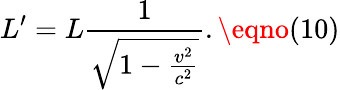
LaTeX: L^{\prime}=L\frac{1}{\sqrt{1-\frac{v^{2}}{c^{2}}}}.\eqno(10)